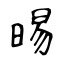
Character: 晹